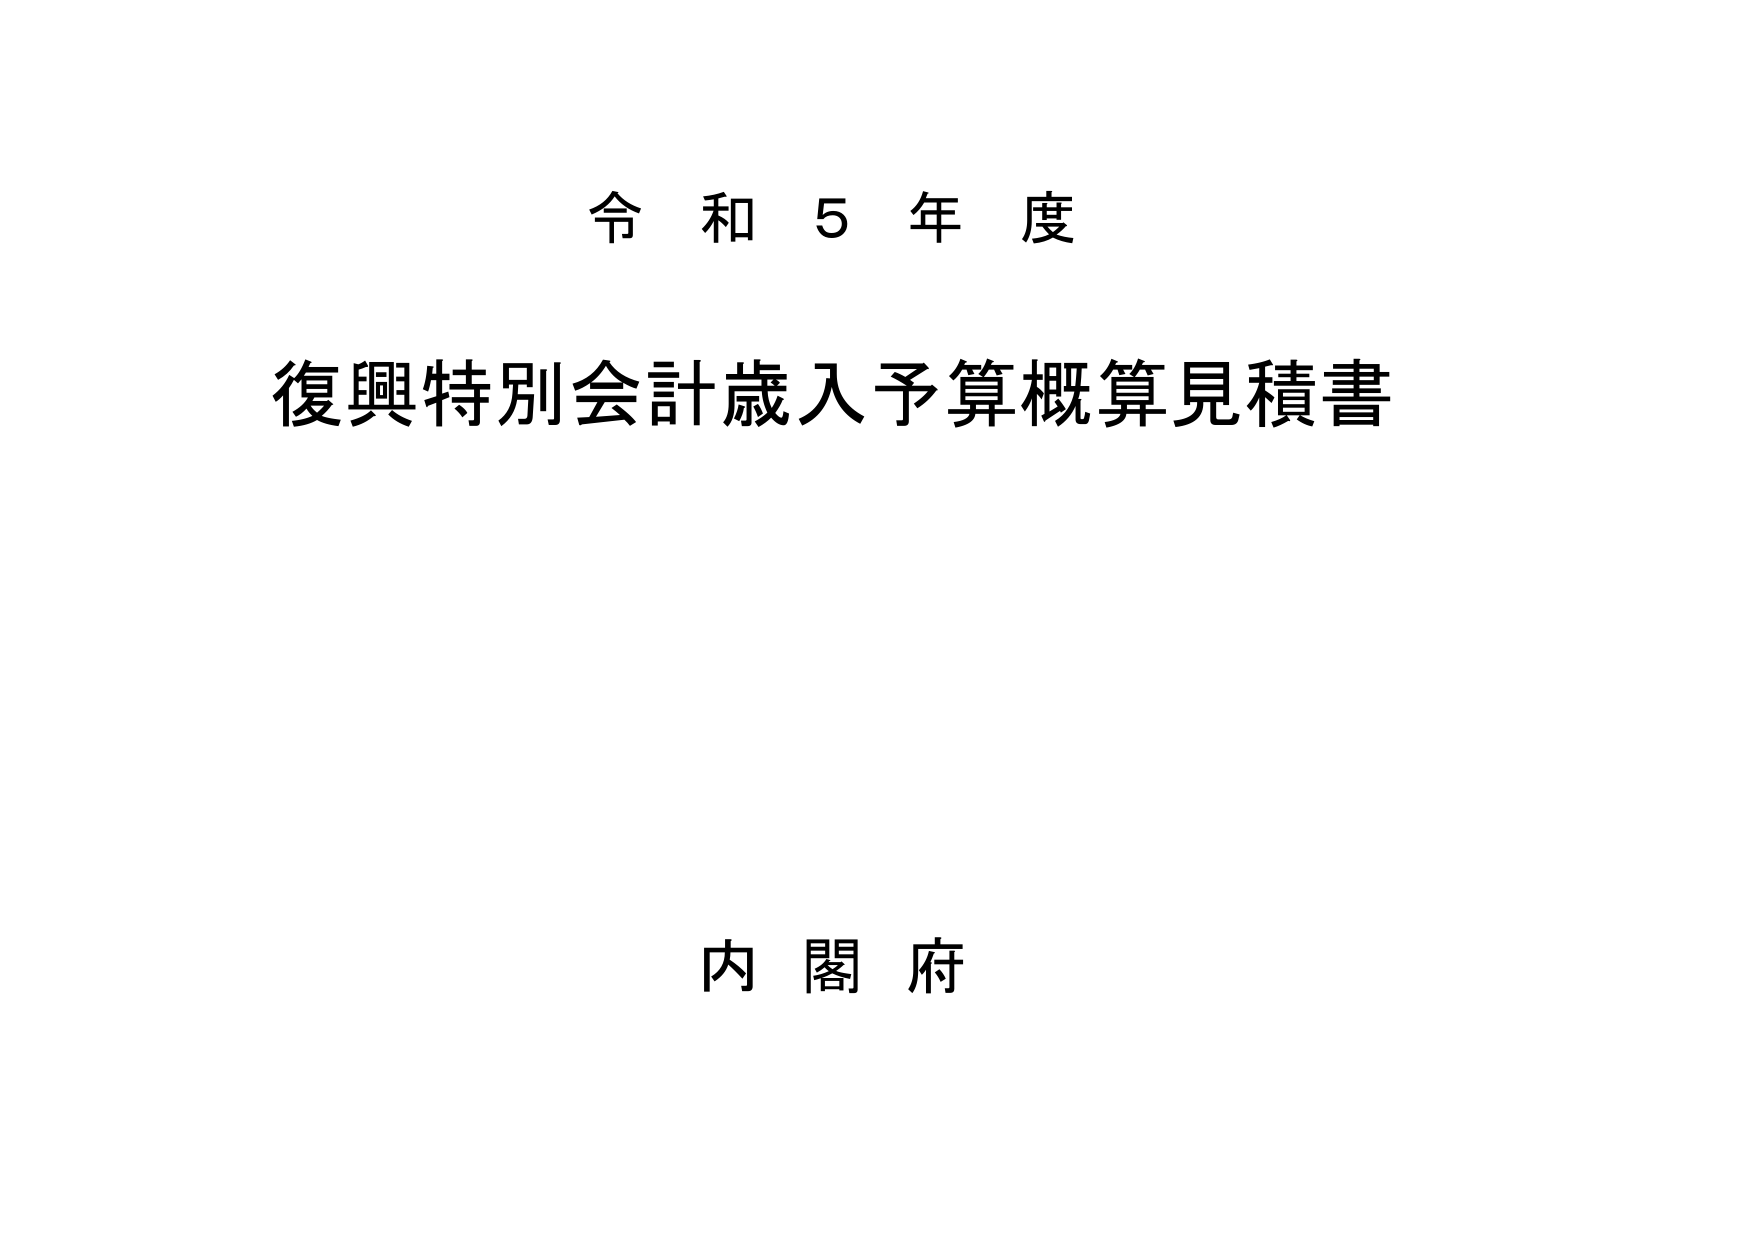
令和5年度
復興特別会計歳入予算概算見積書
内閣府